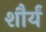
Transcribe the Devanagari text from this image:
शौर्यं